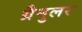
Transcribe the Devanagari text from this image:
ग्रैनुलर